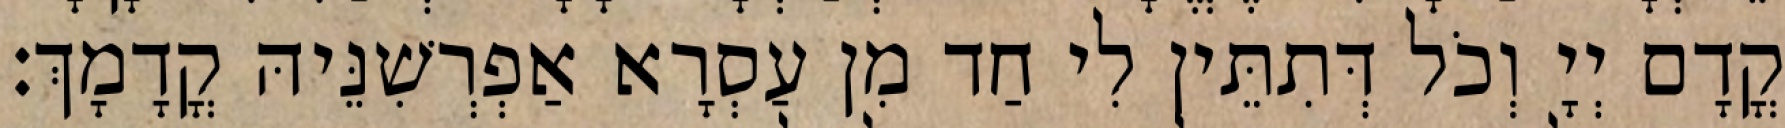
קֳדָם יְיָ וְכֹל דְּתִתֵּין לִי חַד מִן עַסְרָא אַפְרְשִׁנֵּיהּ קֳדָמָךְ׃